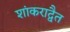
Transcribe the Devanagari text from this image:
शांकराद्वैत